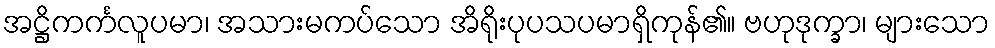
အဋ္ဌိကင်္ကလူပမာ၊ အသားမကပ်သော အိရိုးပုပသပမာရှိကုန်၏။ ဗဟုဒုက္ခာ၊ များသော